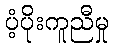
ပံ့ပိုးကူညီမှု